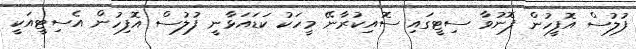
ފުލުސް އޮފީހުން ފޮނުވާ ސިޓީގައި ސޮއިކުރާނޭ މީހަކު ކަޑައަޅާނީ ފުލުސް އޮފިހުން އެސިޓީއަކީ